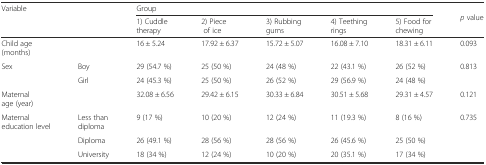
<table><thead><tr><td rowspan="2"><b>Variable</b></td><td rowspan="2"></td><td colspan="5"><b>Group</b></td><td rowspan="2"><b><i>p</i> value</b></td></tr><tr><td><b>1) Cuddle therapy</b></td><td><b>2) Piece of ice</b></td><td><b>3) Rubbing gums</b></td><td><b>4) Teething rings</b></td><td><b>5) Food for chewing</b></td></tr></thead><tbody><tr><td>Child age (months)</td><td></td><td>16 ± 5.24</td><td>17.92 ± 6.37</td><td>15.72 ± 5.07</td><td>16.08 ± 7.10</td><td>18.31 ± 6.11</td><td>0.093</td></tr><tr><td rowspan="2">Sex</td><td>Boy</td><td>29 (54.7 %)</td><td>25 (50 %)</td><td>24 (48 %)</td><td>22 (43.1 %)</td><td>26 (52 %)</td><td rowspan="2">0.813</td></tr><tr><td>Girl</td><td>24 (45.3 %)</td><td>25 (50 %)</td><td>26 (52 %)</td><td>29 (56.9 %)</td><td>24 (48 %)</td></tr><tr><td>Maternal age (year)</td><td></td><td>32.08 ± 6.56</td><td>29.42 ± 6.15</td><td>30.33 ± 6.84</td><td>30.51 ± 5.68</td><td>29.31 ± 4.57</td><td>0.121</td></tr><tr><td rowspan="3">Maternal education level</td><td>Less than diploma</td><td>9 (17 %)</td><td>10 (20 %)</td><td>12 (24 %)</td><td>11 (19.3 %)</td><td>8 (16 %)</td><td rowspan="3">0.735</td></tr><tr><td>Diploma</td><td>26 (49.1 %)</td><td>28 (56 %)</td><td>28 (56 %)</td><td>26 (45.6 %)</td><td>25 (50 %)</td></tr><tr><td>University</td><td>18 (34 %)</td><td>12 (24 %)</td><td>10 (20 %)</td><td>20 (35.1 %)</td><td>17 (34 %)</td></tr></tbody></table>